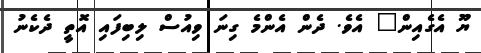
ޔޫ އެގެއިން" އެވެ. ދެން އެންމެ ގިނަ ވިއުސް ލިބިފައި އޮތީ ދެކެނު